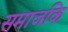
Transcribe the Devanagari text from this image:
समाजकि